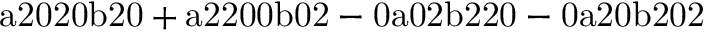
\mathrm { a 2 0 2 0 b 2 0 + a 2 2 0 0 b 0 2 - 0 a 0 2 b 2 2 0 - 0 a 2 0 b 2 0 2 }